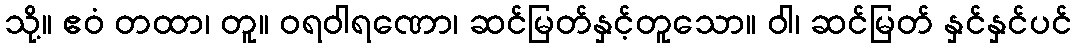
သို့။ ဧဝံ တထာ၊ တူ။ ဝရဝါရဏော၊ ဆင်မြတ်နှင့်တူသော။ ဝါ၊ ဆင်မြတ် နှင်နှင်ပင်